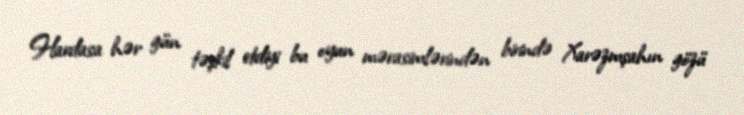
Hardasa hər gün təşkil etdiyi bu oyun mərasimlərindən birində Xarəzmşahın gözü